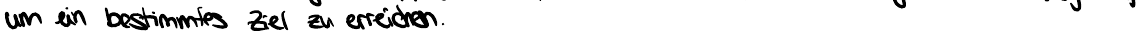
um ein bestimmtes Ziel zu erreichen.